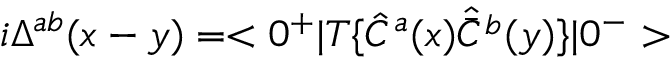
i \Delta ^ { a b } ( x - y ) = < 0 ^ { + } | T \{ \hat { C } ^ { a } ( x ) \hat { \bar { C } ^ { b } } ( y ) \} | 0 ^ { - } >